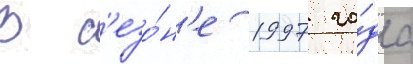
В с'езо́н'е 1997 го́да